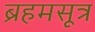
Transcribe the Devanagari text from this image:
ब्रहमसूत्र